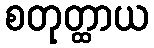
စတုတ္ထာယ